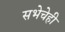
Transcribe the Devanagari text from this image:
सभेचेही